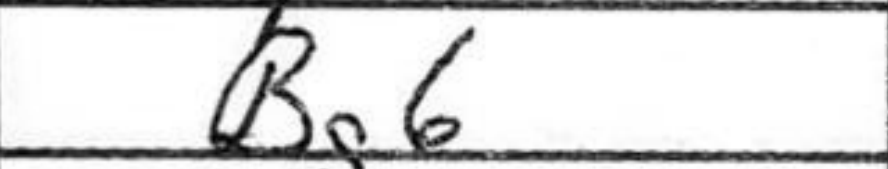
Transcription: Bg6